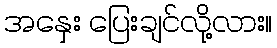
အနှေး ပြေးချင်လို့လား။